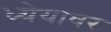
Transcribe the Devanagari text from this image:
ध्येयावर